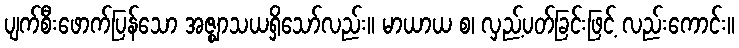
ပျက်စီးဖောက်ပြန်သော အဇ္ဈာသယရှိသော်လည်း။ မာယာယ စ၊ လှည့်ပတ်ခြင်းဖြင့် လည်းကောင်း။